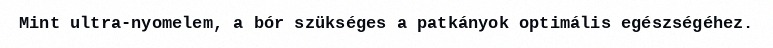
Mint ultra-nyomelem, a bór szükséges a patkányok optimális egészségéhez.